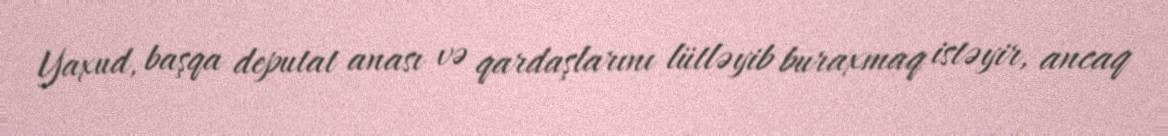
Yaxud, başqa deputat anası və qardaşlarını lütləyib buraxmaq istəyir, ancaq